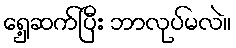
ရှေ့ဆက်ပြီး ဘာလုပ်မလဲ။